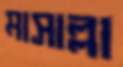
মাসাল্লা